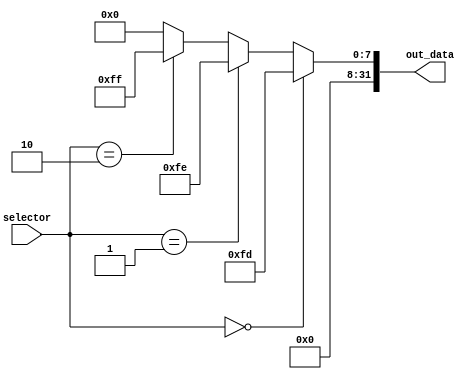
module mux_error(
    input wire       [1:0]       selector,
    output wire      [31:0]      out_data
);

    assign out_data = (selector == 2'b00) ? 32'b00000000000000000000000011111101 :
                      (selector == 2'b01) ? 32'b00000000000000000000000011111110 :
                      (selector == 2'b10) ? 32'b00000000000000000000000011111111 :
                      32'b0;
    
endmodule